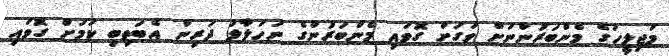
މަޖިލީހުގެ މެންބަރުންނަށް ވަގަށް ގޮވައި މެންބަރުންގެ ނަހަލާލު ދަރިން އެބަތިބި ކަމަށް ގޮވައި